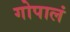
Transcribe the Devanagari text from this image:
गोपालं